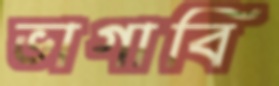
ভাগাবি